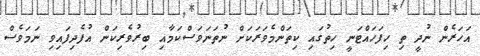
އަހަރެން ނުދީ ތި ހިފަހައްޓަނީ ހިތުގައި ކިތަންމެވަރަކަށް ނުތަނަވަސްކަމާއި ބިރުވެރިކަން އުފެދިފައިވި ނަމަވެސް